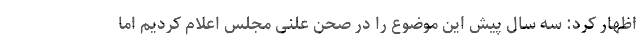
اظهار کرد: سه سال پیش این موضوع را در صحن علنی مجلس اعلام کردیم اما